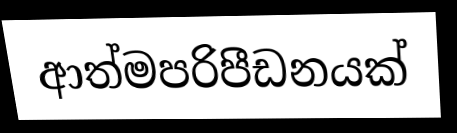
ආත්මපරිපීඩනයක්